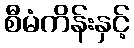
စီမံကိန်းနှင့်